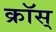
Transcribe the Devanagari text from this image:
क्रॉस्